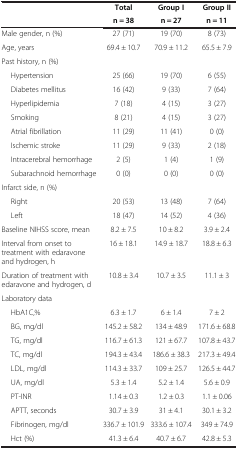
<table><thead><tr><td colspan="2"><b> </b></td><td><b>Total</b></td><td><b>Group I</b></td><td><b>Group II</b></td></tr><tr><td colspan="2"><b> </b></td><td><b>n = 38</b></td><td><b>n = 27</b></td><td><b>n = 11</b></td></tr></thead><tbody><tr><td colspan="2">Male gender, n (%)</td><td>27 (71)</td><td>19 (70)</td><td>8 (73)</td></tr><tr><td colspan="2">Age, years</td><td>69.4 ± 10.7</td><td>70.9 ± 11.2</td><td>65.5 ± 7.9</td></tr><tr><td colspan="2">Past history, n (%)</td><td> </td><td> </td><td> </td></tr><tr><td> </td><td>Hypertension</td><td>25 (66)</td><td>19 (70)</td><td>6 (55)</td></tr><tr><td> </td><td>Diabetes mellitus</td><td>16 (42)</td><td>9 (33)</td><td>7 (64)</td></tr><tr><td> </td><td>Hyperlipidemia</td><td>7 (18)</td><td>4 (15)</td><td>3 (27)</td></tr><tr><td> </td><td>Smoking</td><td>8 (21)</td><td>4 (15)</td><td>3 (27)</td></tr><tr><td> </td><td>Atrial fibrillation</td><td>11 (29)</td><td>11 (41)</td><td>0 (0)</td></tr><tr><td> </td><td>Ischemic stroke</td><td>11 (29)</td><td>9 (33)</td><td>2 (18)</td></tr><tr><td> </td><td>Intracerebral hemorrhage</td><td>2 (5)</td><td>1 (4)</td><td>1 (9)</td></tr><tr><td> </td><td>Subarachnoid hemorrhage</td><td>0 (0)</td><td>0 (0)</td><td>0 (0)</td></tr><tr><td colspan="2">Infarct side, n (%)</td><td> </td><td> </td><td> </td></tr><tr><td> </td><td>Right</td><td>20 (53)</td><td>13 (48)</td><td>7 (64)</td></tr><tr><td> </td><td>Left</td><td>18 (47)</td><td>14 (52)</td><td>4 (36)</td></tr><tr><td colspan="2">Baseline NIHSS score, mean</td><td>8.2 ± 7.5</td><td>10 ± 8.2</td><td>3.9 ± 2.4</td></tr><tr><td colspan="2">Interval from onset to treatment with edaravone and hydrogen, h</td><td>16 ± 18.1</td><td>14.9 ± 18.7</td><td>18.8 ± 6.3</td></tr><tr><td colspan="2">Duration of treatment with edaravone and hydrogen, d</td><td>10.8 ± 3.4</td><td>10.7 ± 3.5</td><td>11.1 ± 3</td></tr><tr><td colspan="2">Laboratory data</td><td> </td><td> </td><td> </td></tr><tr><td> </td><td>HbA1C,%</td><td>6.3 ± 1.7</td><td>6 ± 1.4</td><td>7 ± 2</td></tr><tr><td> </td><td>BG, mg/dl</td><td>145.2 ± 58.2</td><td>134 ± 48.9</td><td>171.6 ± 68.8</td></tr><tr><td> </td><td>TG, mg/dl</td><td>116.7 ± 61.3</td><td>121 ± 67.7</td><td>107.8 ± 43.7</td></tr><tr><td> </td><td>TC, mg/dl</td><td>194.3 ± 43.4</td><td>186.6 ± 38.3</td><td>217.3 ± 49.4</td></tr><tr><td> </td><td>LDL, mg/dl</td><td>114.3 ± 33.7</td><td>109 ± 25.7</td><td>126.5 ± 44.7</td></tr><tr><td> </td><td>UA, mg/dl</td><td>5.3 ± 1.4</td><td>5.2 ± 1.4</td><td>5.6 ± 0.9</td></tr><tr><td> </td><td>PT-INR</td><td>1.14 ± 0.3</td><td>1.2 ± 0.3</td><td>1.1 ± 0.06</td></tr><tr><td> </td><td>APTT, seconds</td><td>30.7 ± 3.9</td><td>31 ± 4.1</td><td>30.1 ± 3.2</td></tr><tr><td> </td><td>Fibrinogen, mg/dl</td><td>336.7 ± 101.9</td><td>333.6 ± 107.4</td><td>349 ± 74.9</td></tr><tr><td> </td><td>Hct (%)</td><td>41.3 ± 6.4</td><td>40.7 ± 6.7</td><td>42.8 ± 5.3</td></tr></tbody></table>